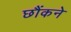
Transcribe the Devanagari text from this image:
छौंकने